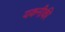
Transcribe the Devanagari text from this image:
यकनीकी